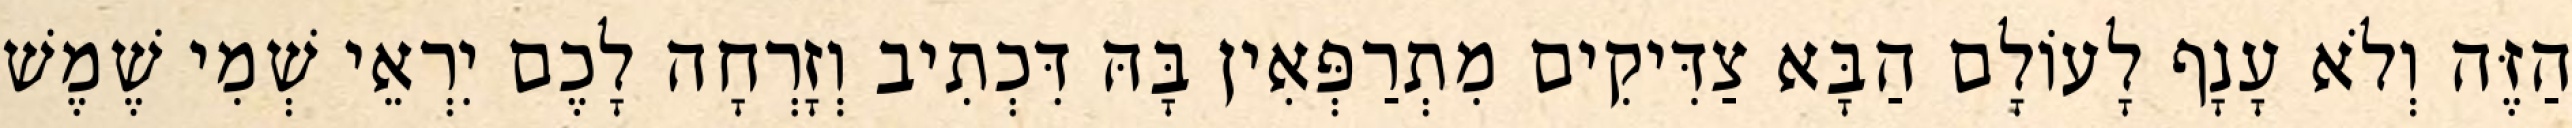
הַזֶּה וְלֹא עָנָף לָעוֹלָם הַבָּא צַדִּיקִים מִתְרַפְּאִין בָּהּ דִּכְתִיב וְזָרְחָה לָכֶם יִרְאֵי שְׁמִי שֶׁמֶשׁ